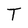
Character: T